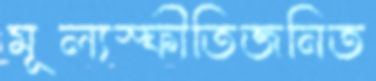
মূল্যস্ফীতিজনিত